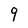
Character: 9